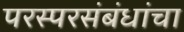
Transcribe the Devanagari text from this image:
परस्परसंबंधांचा